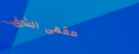
مقهى الشرق